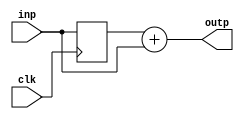
module binomial_filter_adder
    #(parameter 
          DW = 8
    )
    (
      input wire clk,
      input wire [DW-1 : 0] inp,
      output wire [DW-1 : 0] outp
    );

    reg [DW-1:0] r_in;

    always @ (posedge clk) begin
        r_in <= inp;
    end

    assign outp = r_in + inp;
endmodule